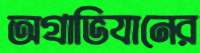
অগ্রাভিযানের